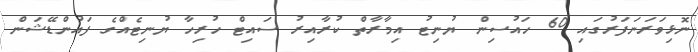
ނޮޅިވަރަނަފަރުގައި 60 ހައުސިން ޔުނިޓު އިމާރާތް ކުރާއިރު ސައިޓް ހުރިހާ ޔުނިޓެއްގެ ފައުންޑޭޝަން